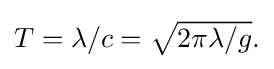
{\textstyle T=\lambda /c={\sqrt {2\pi \lambda /g}}.}